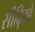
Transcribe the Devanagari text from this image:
सीढ़ियों